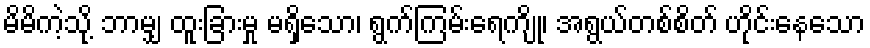
မိမိကဲ့သို့ ဘာမျှ ထူးခြားမှု မရှိသော၊ ရွက်ကြမ်းရေကျို၊ အရွယ်တစ်စိတ် ဟိုင်းနေသော